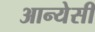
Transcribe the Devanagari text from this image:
आन्येसी